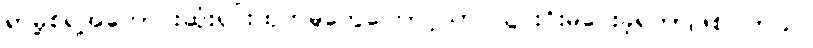
ရာမို့စ်ရဲဲ့အကောင်းဆုံးရှင်းထုတ်မှုတွေကြောင့်သာ သွင်းဂိုးမပေးခဲ့ရတာဖြစ်ပါတယ်။